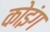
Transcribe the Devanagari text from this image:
कोइंग